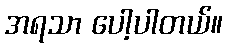
အရသာ ပေါ့ပါတယ်။